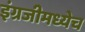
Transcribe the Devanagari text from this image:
इंग्रजीमध्येच